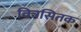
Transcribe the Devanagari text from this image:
वित्रसितक